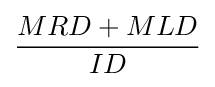
{MRD+MLD \over ID}